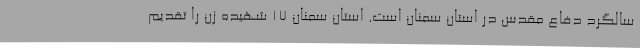
سالگرد دفاع مقدس در استان سمنان است. استان سمنان 17 شهیده زن را تقدیم